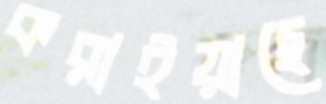
করাইয়াছে